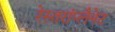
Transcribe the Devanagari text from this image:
रेस्तरांप्लैनेट